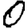
Digit: 0